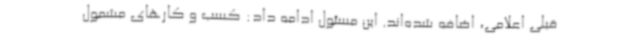
قبلی اعلامی، اضافه شده‌اند. این مسئول ادامه داد: کسب و کارهای مشمول